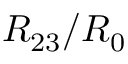
R _ { 2 3 } / R _ { 0 }